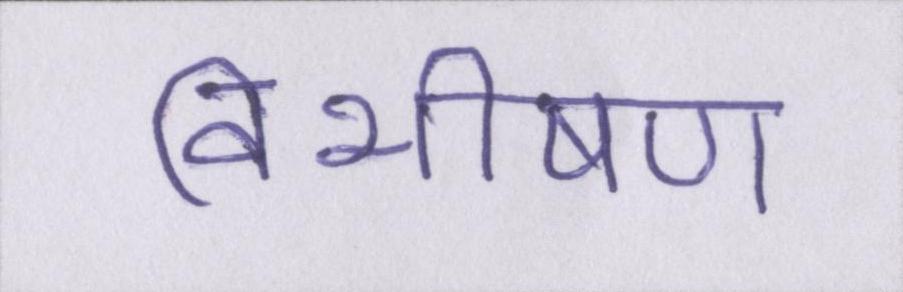
विभीषण